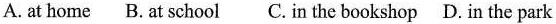
A. at home B.At school C. In the bookshop D. In the park